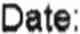
DATE: